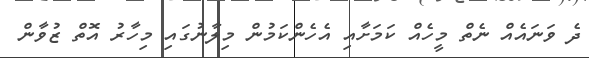
ދެ ވަނައެއް ނެތް މީހެއް ކަމަށާއި އެހެންކަމުން މިލާނުގައި މިހާރު އޮތް ޒުވާން